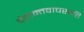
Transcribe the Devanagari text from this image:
वेदान्तवाचस्पति